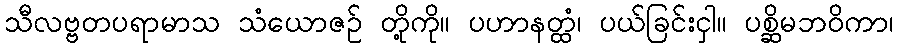
သီလဗ္ဗတပရာမာသ သံယောဇဉ် တို့ကို။ ပဟာနတ္ထံ၊ ပယ်ခြင်းငှါ။ ပစ္ဆိမဘဝိကာ၊